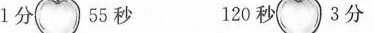
1分 55秒 120秒 3分